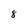
Character: 8